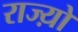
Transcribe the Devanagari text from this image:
राज्य़ो